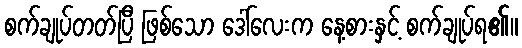
စက်ချုပ်တတ်ပြီ ဖြစ်သော ဒေါ်လေးက နေ့စားနှင့် စက်ချုပ်ရ၏။